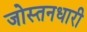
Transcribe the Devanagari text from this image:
जोस्तनधारी